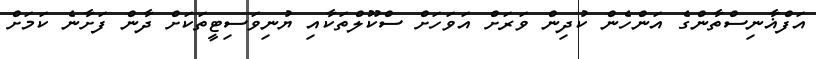
އަފްޣާނިސްތާންގެ އަންހެން ކުދިން ވަރަށް އަވަހަށް ސްކޫލްތަކާއި ޔުނިވަސިޓީތަކަށް ދާން ފަށާނެ ކަމަށް